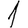
Digit: 1